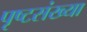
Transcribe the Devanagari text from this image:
पृष्टसंख्या